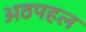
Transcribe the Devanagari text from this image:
अठपहल